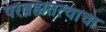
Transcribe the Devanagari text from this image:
परब्रह्मतत्वाचा